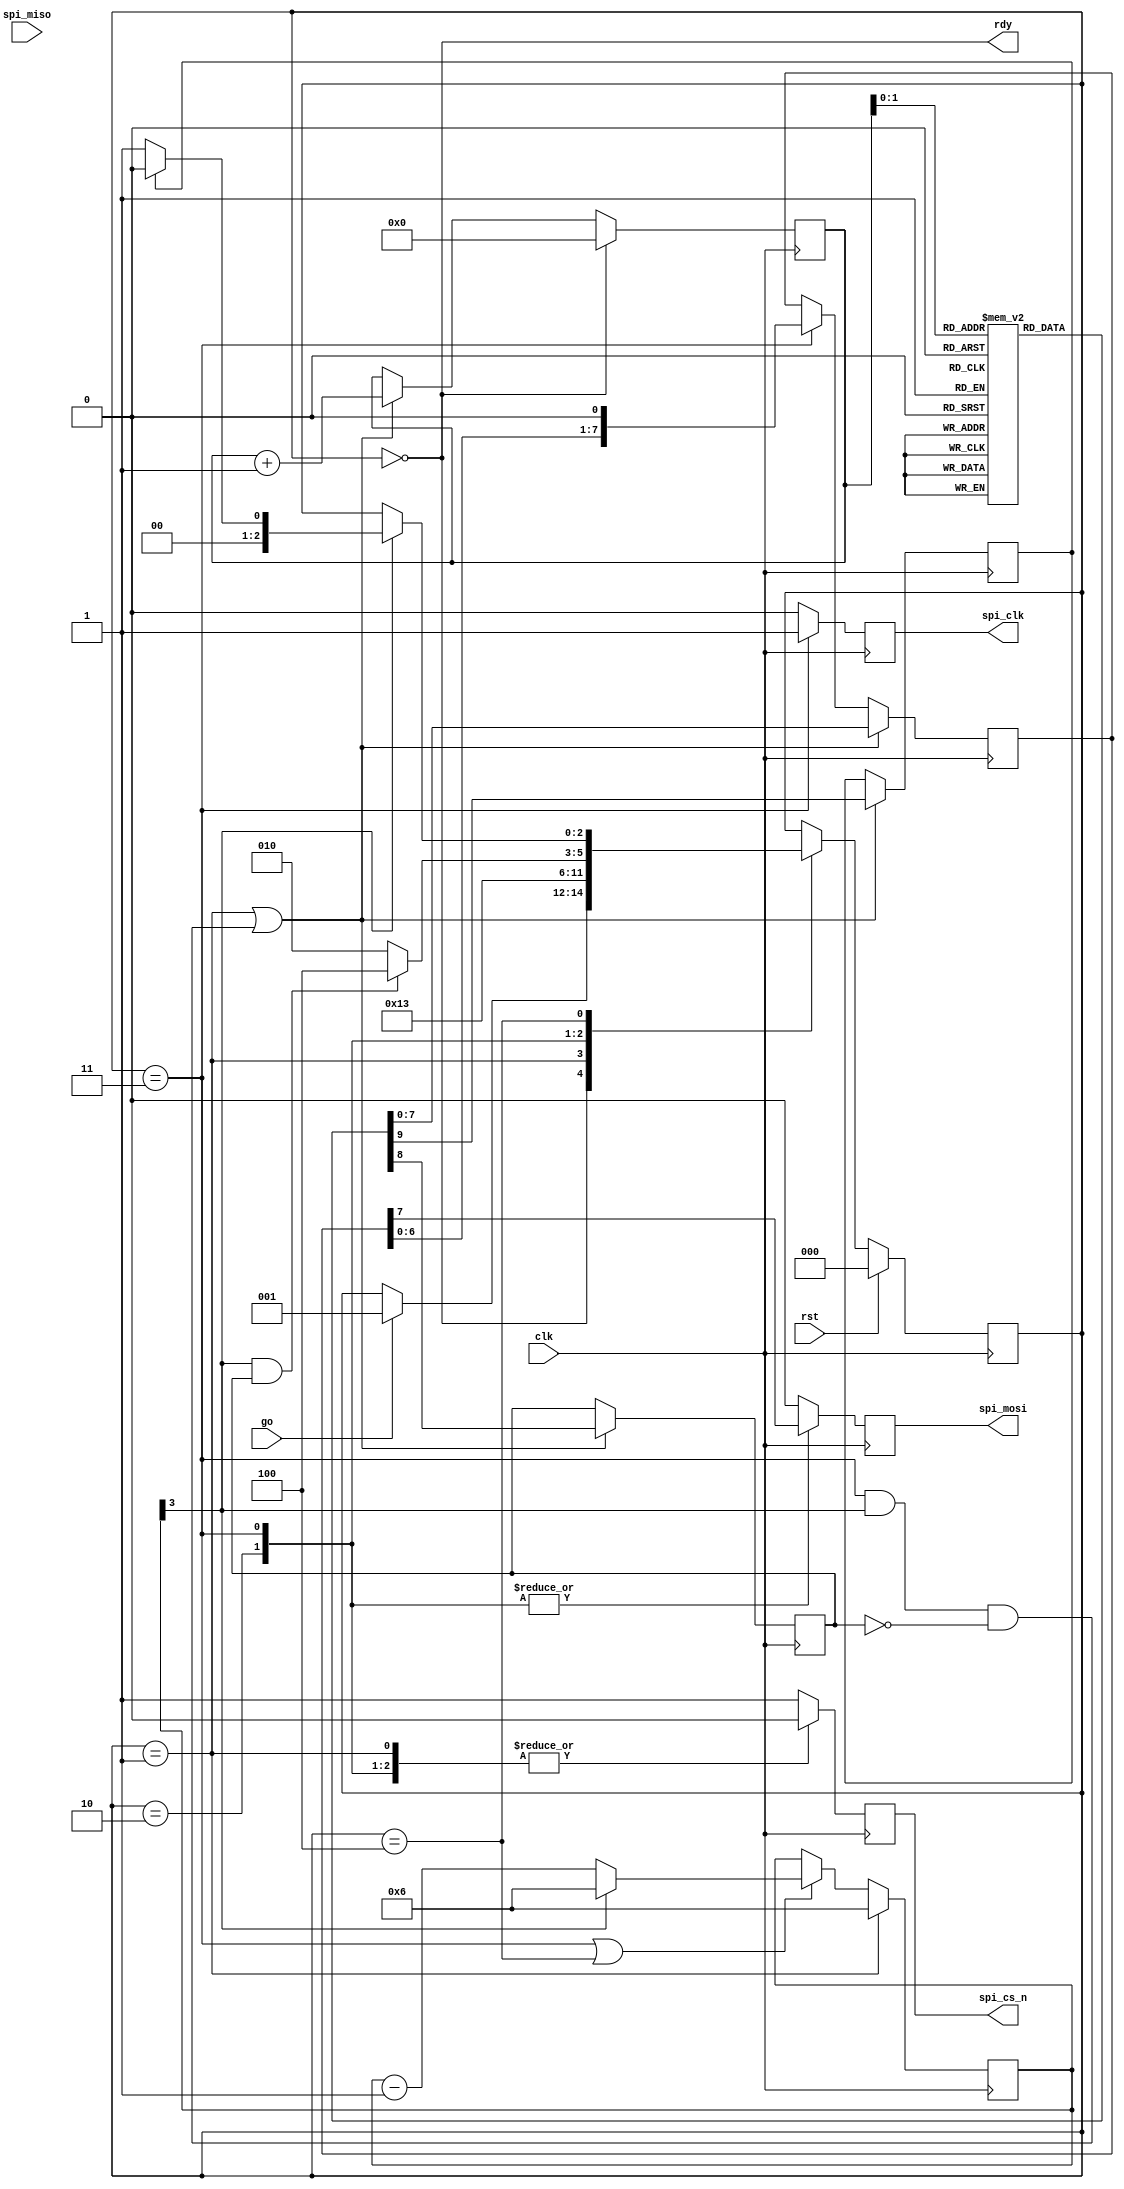
/*
 * flash_lock.v
 *
 * vim: ts=4 sw=4
 *
 * Copyright (C) 2019-2020  Sylvain Munaut <tnt@246tNt.com>
 * SPDX-License-Identifier: CERN-OHL-P-2.0
 */

`default_nettype none

module flash_lock #(
	// Lock sequence
	parameter LOCK_DATA = {
		2'b01, 8'h50,	// WRITE_ENABLE_VOLATILE

		2'b00, 8'h01,	// WRITE_SR
		2'b00, 8'h28,	// SR1 value
		2'b11, 8'h03	// SR2 value
	}
)(
	// SPI
	output reg  spi_mosi,
	input  wire spi_miso,
	output reg  spi_clk,
	output reg  spi_cs_n,

	// Control
	input  wire go,
	output wire rdy,

	// Clock / Reset
	input  wire clk,
	input  wire rst
);

	localparam LOCK_N = $bits(LOCK_DATA) / 10;


	// Signals
	// -------

	// Lock sequence memory
	reg  [9:0] im_mem[0:LOCK_N-1];
	reg  [3:0] im_raddr;

	(* keep *)
	wire [9:0] im_rdata;


	// FSM
	localparam
		ST_IDLE         = 0,
		ST_CMD_START    = 1,
		ST_CMD_SHIFT_LO = 2,
		ST_CMD_SHIFT_HI = 3,
		ST_CMD_PAUSE    = 4;

	reg  [2:0] state;
	reg  [2:0] state_nxt;

	// Counters
	reg  [3:0] bit_cnt;
	wire       bit_last;

	// Current command byte
	wire       cmd_load;
	reg  [7:0] cmd_byte_data;
	reg        cmd_byte_last;
	reg        cmd_last;


	// Lock sequence ROM
	// -----------------

	initial
	begin : im_mem_init
		integer i;
		for (i=0; i<LOCK_N; i=i+1)
			im_mem[i] <= LOCK_DATA[(LOCK_N-1-i)*10+:10];
	end

	assign im_rdata = im_mem[im_raddr];


	// FSM
	// ---

	// State register
	always @(posedge clk)
		if (rst)
			state <= ST_IDLE;
		else
			state <= state_nxt;

	// Next-state
	always @(*)
	begin
		// Default
		state_nxt = state;

		// Transitions
		case (state)
			ST_IDLE:
				if (go)
					state_nxt = ST_CMD_START;

			ST_CMD_START:
				state_nxt = ST_CMD_SHIFT_LO;

			ST_CMD_SHIFT_LO:
				state_nxt = ST_CMD_SHIFT_HI;

			ST_CMD_SHIFT_HI:
				state_nxt = (bit_last & cmd_byte_last) ?
					ST_CMD_PAUSE :
					ST_CMD_SHIFT_LO;

			ST_CMD_PAUSE:
				if (bit_last)
					state_nxt = cmd_last ? ST_IDLE : ST_CMD_START;
		endcase

	end

	assign rdy = (state == ST_IDLE);


	// Counters
	// --------

	// When to load shift reg
	assign cmd_load =
		(state == ST_CMD_START) |
		((state == ST_CMD_SHIFT_HI) & bit_last & ~cmd_byte_last);

	// Read address from ROM
	always @(posedge clk)
		if (state == ST_IDLE)
			im_raddr <= 4'h0;
		else if (cmd_load)
			im_raddr <= im_raddr + 1;

	// Load command
	always @(posedge clk)
		if (cmd_load) begin
			cmd_byte_last <= im_rdata[8];
			cmd_last <= im_rdata[9];
		end

	always @(posedge clk)
		if (cmd_load)
			cmd_byte_data <= im_rdata[7:0];
		else if (state == ST_CMD_SHIFT_HI)
			cmd_byte_data <= { cmd_byte_data[6:0], 1'b0 };

	// Bit Counter
	always @(posedge clk)
		if (state == ST_CMD_START)
			bit_cnt <= 4'd6;
		else if ((state == ST_CMD_SHIFT_HI) | (state == ST_CMD_PAUSE))
			bit_cnt <= bit_last ? 4'd6 : (bit_cnt - 1);

	assign bit_last = bit_cnt[3];


	// IOs
	// ---

	always @(posedge clk)
	begin
		// Default
		spi_mosi <= 1'b0;
		spi_clk  <= 1'b0;
		spi_cs_n <= 1'b1;

		// Act depending on state
		case (state)
			ST_CMD_START: begin
				spi_cs_n <= 1'b0;
			end

			ST_CMD_SHIFT_LO: begin
				spi_mosi <= cmd_byte_data[7];
				spi_clk  <= 1'b0;
				spi_cs_n <= 1'b0;
			end

			ST_CMD_SHIFT_HI: begin
				spi_mosi <= cmd_byte_data[7];
				spi_clk  <= 1'b1;
				spi_cs_n <= 1'b0;
			end
		endcase
	end

endmodule // flash_lock